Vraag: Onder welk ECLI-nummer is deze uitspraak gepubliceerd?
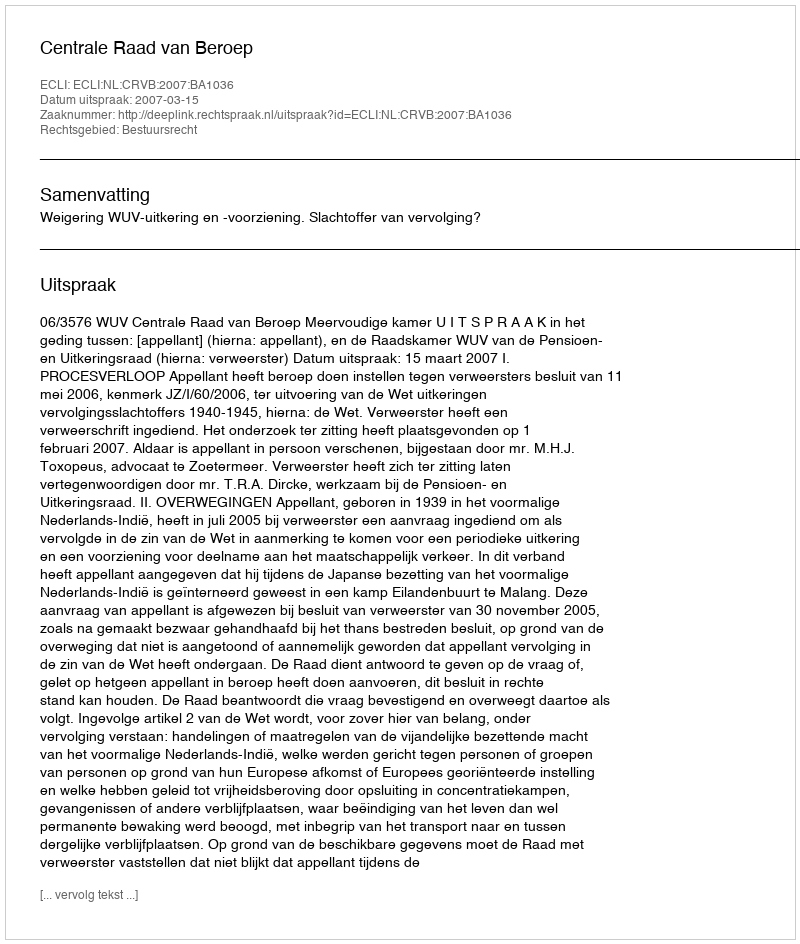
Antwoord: ECLI:NL:CRVB:2007:BA1036